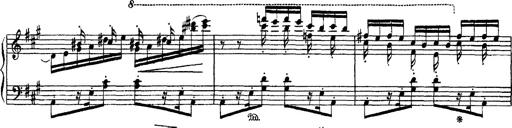
Title: Apparitions
Composer: Franz Liszt